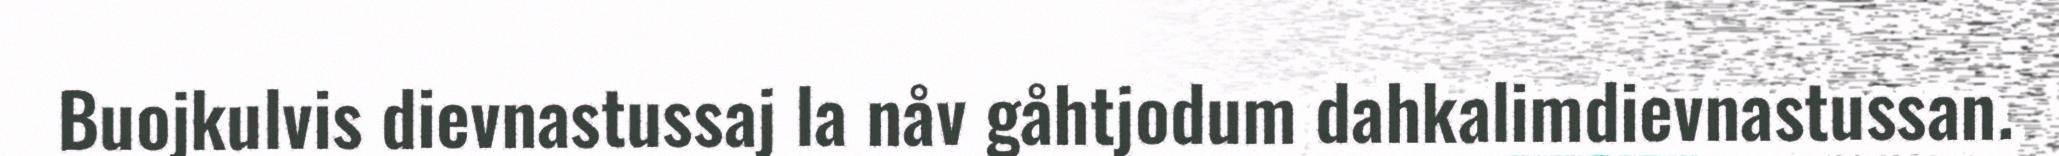
Buojkulvis dievnastussaj la nåv gåhtjodum dahkalimdievnastussan.